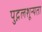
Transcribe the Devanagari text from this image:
पुद्गलशून्यता